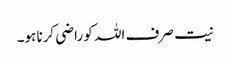
نیت صرف اللہ کو راضی کرنا ہو۔